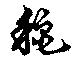
秋